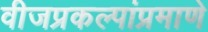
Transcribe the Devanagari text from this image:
वीजप्रकल्पांप्रमाणे